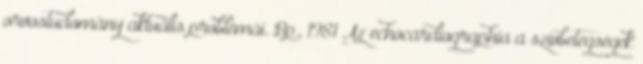
orvostudomány aktuális problémái. Bp., 1981 Az echocardiographia a szívbetegségek